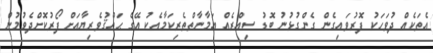
އެތަކެއް ދުވަހަކު ފޮރުވައިގެން ގެންގުޅުނު ބޮޑު ސިއްރެއް އަމާނާތްތެރިކަމާއެކު އޭގެ ޙައްޤުވެރިޔާއަށް ފޯރުކޮށްދެވުމުން